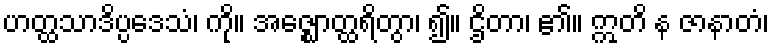
ဟတ္ထသာဒိပ္ပဒေသံ၊ ကို။ အဇ္ဈောတ္ထရိတွာ၊ ၍။ ဌိတာ၊ ၏။ ဣတိ န ဇာနာတံ၊